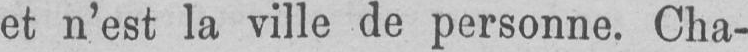
et n’est la ville de personne. Cha-